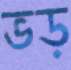
ভড়